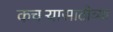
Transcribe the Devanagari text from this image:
कचऱ्यासाठीच्या